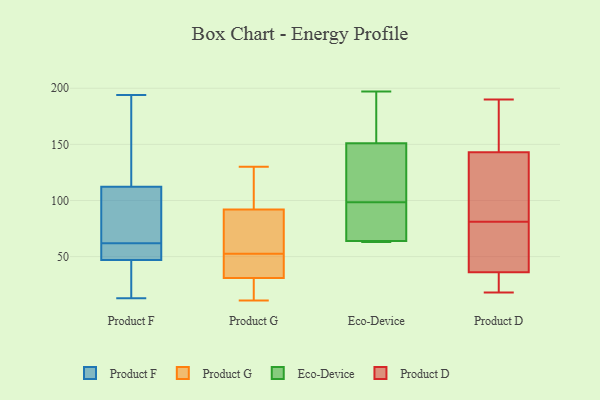
{"axis": {"x": "Customer Acquisition Cost (USD)", "y": "Value"}, "legend": ["Eco-Device", "Product D", "Product F", "Product G"], "data": [{"x": "", "y": 62, "type": "Product F"}, {"x": "", "y": 93, "type": "Product F"}, {"x": "", "y": 58, "type": "Product F"}, {"x": "", "y": 176, "type": "Product F"}, {"x": "", "y": 186, "type": "Product F"}, {"x": "", "y": 194, "type": "Product F"}, {"x": "", "y": 35, "type": "Product F"}, {"x": "", "y": 167, "type": "Product F"}, {"x": "", "y": 30, "type": "Product F"}, {"x": "", "y": 46, "type": "Product F"}, {"x": "", "y": 99, "type": "Product F"}, {"x": "", "y": 104, "type": "Product F"}, {"x": "", "y": 51, "type": "Product F"}, {"x": "", "y": 81, "type": "Product F"}, {"x": "", "y": 50, "type": "Product F"}, {"x": "", "y": 53, "type": "Product F"}, {"x": "", "y": 13, "type": "Product F"}, {"x": "", "y": 115, "type": "Product F"}, {"x": "", "y": 16, "type": "Product F"}, {"x": "", "y": 11, "type": "Product G"}, {"x": "", "y": 33, "type": "Product G"}, {"x": "", "y": 31, "type": "Product G"}, {"x": "", "y": 32, "type": "Product G"}, {"x": "", "y": 21, "type": "Product G"}, {"x": "", "y": 130, "type": "Product G"}, {"x": "", "y": 92, "type": "Product G"}, {"x": "", "y": 104, "type": "Product G"}, {"x": "", "y": 85, "type": "Product G"}, {"x": "", "y": 72, "type": "Product G"}, {"x": "", "y": 163, "type": "Eco-Device"}, {"x": "", "y": 125, "type": "Eco-Device"}, {"x": "", "y": 151, "type": "Eco-Device"}, {"x": "", "y": 114, "type": "Eco-Device"}, {"x": "", "y": 197, "type": "Eco-Device"}, {"x": "", "y": 64, "type": "Eco-Device"}, {"x": "", "y": 63, "type": "Eco-Device"}, {"x": "", "y": 63, "type": "Eco-Device"}, {"x": "", "y": 71, "type": "Eco-Device"}, {"x": "", "y": 83, "type": "Eco-Device"}, {"x": "", "y": 36, "type": "Product D"}, {"x": "", "y": 162, "type": "Product D"}, {"x": "", "y": 84, "type": "Product D"}, {"x": "", "y": 18, "type": "Product D"}, {"x": "", "y": 88, "type": "Product D"}, {"x": "", "y": 78, "type": "Product D"}, {"x": "", "y": 24, "type": "Product D"}, {"x": "", "y": 190, "type": "Product D"}, {"x": "", "y": 42, "type": "Product D"}, {"x": "", "y": 143, "type": "Product D"}]}